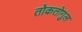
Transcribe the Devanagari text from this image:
तोकतोगुल